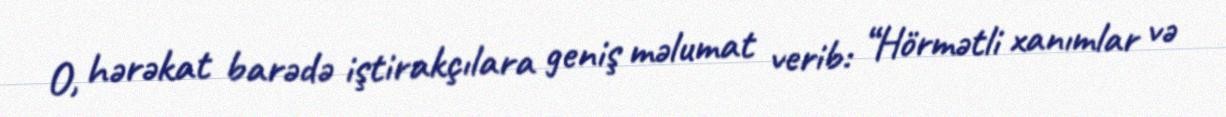
O, hərəkat barədə iştirakçılara geniş məlumat verib: “Hörmətli xanımlar və